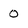
Character: 0